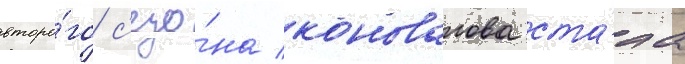
второ́го с'езо́на коновалова ста́ла